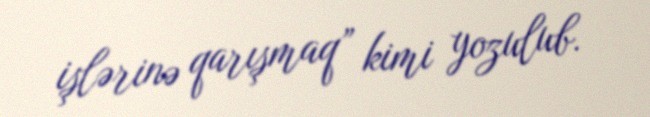
işlərinə qarışmaq” kimi yozulub.